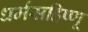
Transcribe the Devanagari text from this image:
धर्मसहिष्णू